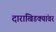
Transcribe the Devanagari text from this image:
दाराखिडक्यांवर